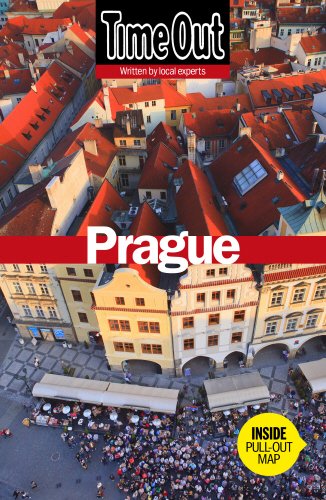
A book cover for Time Out Prague (Time Out Guides); Travel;